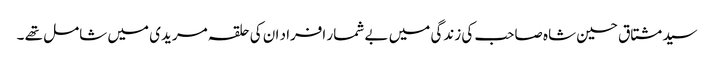
سید مشتاق حسین شاہ صاحب کی زندگی میں بے شمار افراد ان کی حلقہ مریدی میں شامل تھے ۔